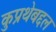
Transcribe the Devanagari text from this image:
कुप्रथेबद्दल